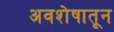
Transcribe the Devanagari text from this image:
अवशेषातून